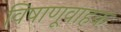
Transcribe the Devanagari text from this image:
विषाणूवाहक